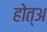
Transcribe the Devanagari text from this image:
होत्अ